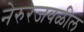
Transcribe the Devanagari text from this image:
नेरुरजवळील